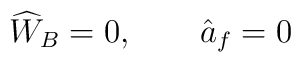
\widehat{W}_{B}=0, \qquad \hat{a}_{f}=0